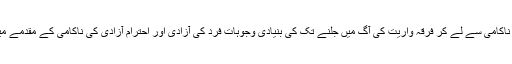
اقلیتوں کو تحفظ دینے میں ناکامی سے لے کر فرقہ واریت کی آگ میں جلنے تک کی بنیادی وجوہات فرد کی آزادی اور احترام آزادی کی ناکامی کے مقدمے میں تلاش کی جا سکتی ہیں۔